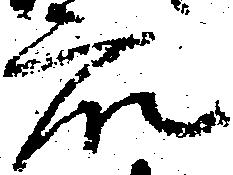
衆